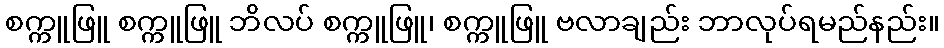
စက္ကူဖြူ စက္ကူဖြူ ဘိလပ် စက္ကူဖြူ၊ စက္ကူဖြူ ဗလာချည်း ဘာလုပ်ရမည်နည်း။